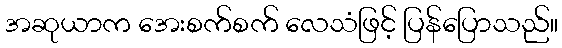
အဆုယာက အေးစက်စက် လေသံဖြင့် ပြန်ပြောသည်။